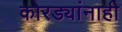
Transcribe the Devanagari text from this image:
कोरड्यांनाही